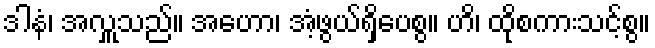
ဒါနံ၊ အလှူသည်။ အဟော၊ အံ့ဖွယ်ရှိပေစွ။ ဟိ၊ ထိုစကားသင့်စွ။